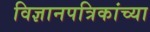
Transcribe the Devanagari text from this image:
विज्ञानपत्रिकांच्या